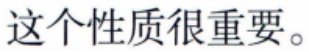
这个性质很重要。